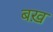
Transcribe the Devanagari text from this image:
बख़